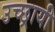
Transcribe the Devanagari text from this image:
उच्छ्रायी